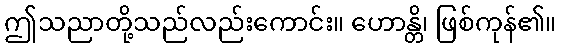
ဤသညာတို့သည်လည်းကောင်း။ ဟောန္တိ၊ ဖြစ်ကုန်၏။